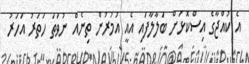
އެ ކުއްޖާގެ އިސްކޮޅަށް ބަލާލާފައި އެއީ އުމުރުން ތިނެއް ނުވަތަ ހަތަރު އަހަރު